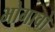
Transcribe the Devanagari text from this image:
भोगावो